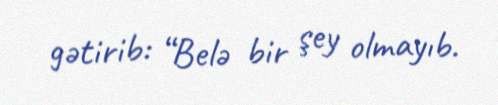
gətirib: “Belə bir şey olmayıb.